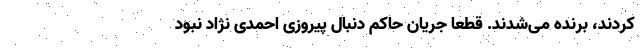
‌کردند، برنده می‌شدند. قطعا جریان حاکم دنبال پیروزی احمدی نژاد نبود